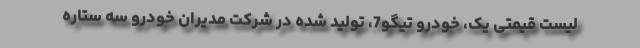
لیست قیمتی یک، خودرو تیگو7، تولید شده در شرکت مدیران خودرو سه ستاره